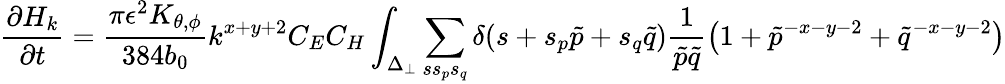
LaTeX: \frac{\partial H_{k}}{\partial t}=\frac{\pi\epsilon^{2}K_{\theta,\phi}}{384b_{0}}k^{x+y+2}C_{E}C_{H}\int_{\Delta_{\perp}}\sum_{ss_{p}s_{q}}\delta(s+s_{p}\tilde{p}+s_{q}\tilde{q})\frac{1}{\tilde{p}\tilde{q}}\left(1+{\tilde{p}}^{-x-y-2}+{\tilde{q}}^{-x-y-2}\right)